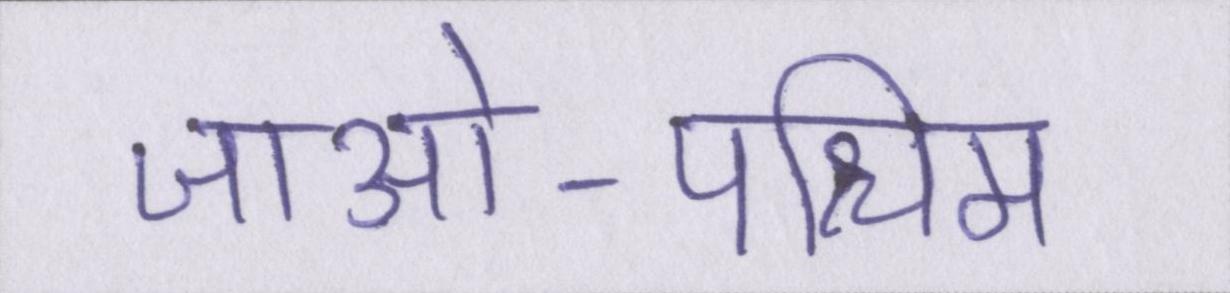
जाओ-पश्चिम